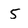
Character: 5